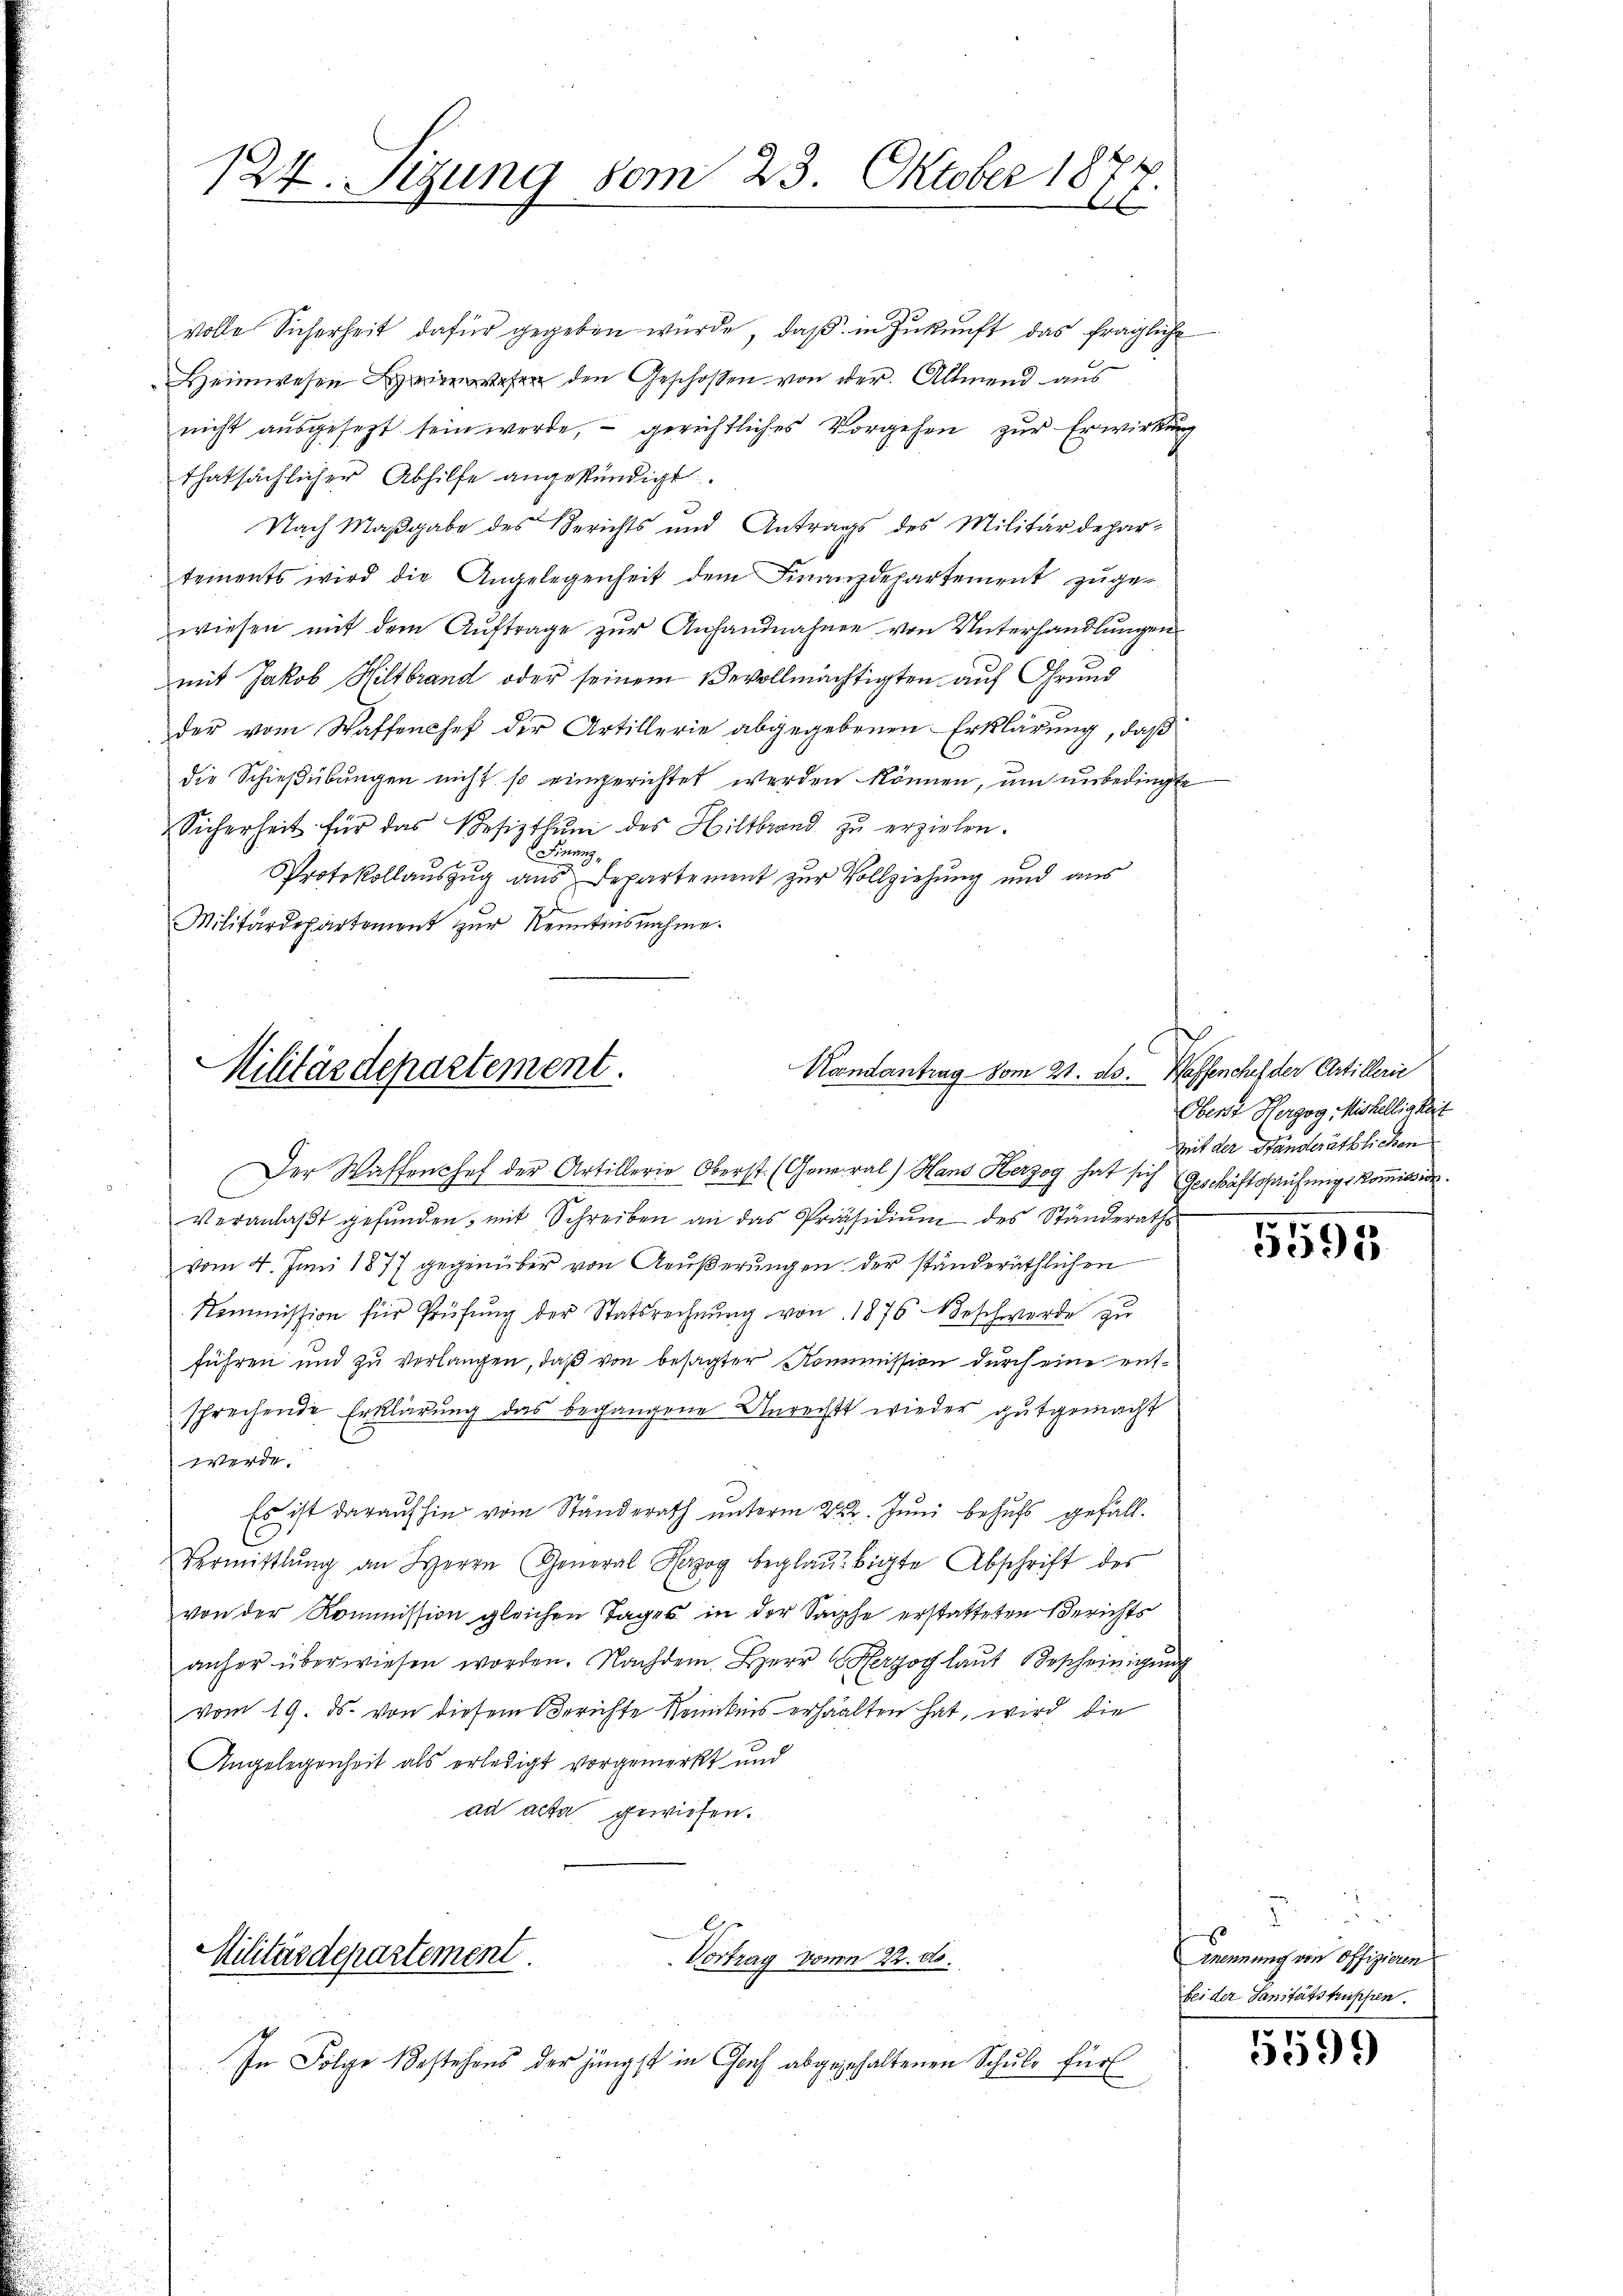
124. Sizung vom 23. Oktober 187
1

volle Sicherheit dafür gegeben würde, daβ in Zukunft das fragliche
Heimwesen wesen den Geschoßen von der Allmend aus
nicht aŭsgesezt sein werde, - gerichtliches Vorgehen zŭr Erwirkŭng
thatsächlicher Abhilfe angekündigt.
Nach Maßgabe des Berichts und Antrags des Militärdepar-
tements wird die Angelegenheit dem Finanzdepartement zugewiesen mit dem Auftrage zur Anhandnahme von Unterhandlungen
mit Jakob Hiltbrand oder seinem Bevollmächtigten auf Grund
der vom Waffenchef der Artillerie abgegebenen Erklärung, daß
die Schießübungen nicht so eingerichtet werden können, um unbedingte
Sicherheit für das Besiztlŭn des Hiltbrand zŭ erziehen.
Finanz¬
Protokollauszug aus Departement zur Vollziehung und aus
Militärdepartement zŭr Kenntnisnahme.

Kandantrag vom 21. ds. Waffenchef der Artillerie
Militärdepartement.

Der Waffenchef der Artillerie Oberst (General) Hans Herzog hat sich Geschäftshauseigs kommission.
veranlaβt gefŭnden, mit Schreiben an das Präsidiŭm des Standerath
vom 4. Juni 1877 gegenüber von Aeußerungen der ständeräthlichen
Kommission für Prüfŭng der Statsrechnŭng von 1876 Beschwerde zu
führen und zu verlangen, daß von besagter Kommission durch eine entsprechende Erklärung das begangene Unrechts wieder gutgemacht
werde.
Es ist darauf hin vom Standerath unterm 22. Juni behufs gefäll¬
Vermittlung an Herrn General Herzog beglaŭbigte Abschrift des
von der Kommission gleichen Tages in der Sache erstatteten Berichts
anher überwiesen worden. Nachdem Herr Herzog laut Bescheinigŭng
vom 19. ds. von diesem Berichte Neukeis erhalten hat, wird die
Angelegenheit als erledigt vorgemerkt und
ad acta gewiesen.
Militärdepartement.
Vortrag vom 22. ds.
In Folge Bestehens der jüngst in Graf abgegehaltenen Schule für

Oberst Herzog Mishelligkeit
Mit der Standeräthlichen

5595

F
Anennung von Offizieren
bei der Sanitätsfrissen.

5599